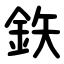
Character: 鉃